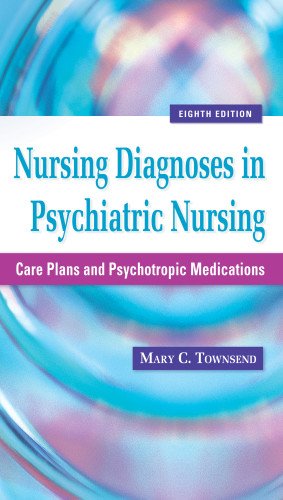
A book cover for Nursing Diagnoses in Psychiatric Nursing: Care Plans and Psychotropic Medications (Townsend, Nursing Diagnoses in Psychiatric Nursing); Mary C. Townsend DSN  PMHCNS-BC; Medical Books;